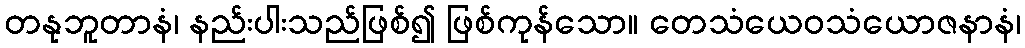
တနုဘူတာနံ၊ နည်းပါးသည်ဖြစ်၍ ဖြစ်ကုန်သော။ တေသံယေဝသံယောဇနာနံ၊